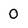
Character: 0